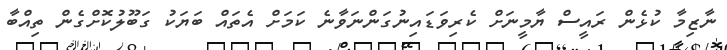
ނާޒިމާ ކުޅެން ރައީސް ޔާމީނަށް ކެރިވަޑައިނުގަންނަވާނެ ކަމަށް އެތައް ބަޔަކު ގަބޫލުކޮށްގެން ތިއްބާ